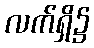
လက်ရှိ၌